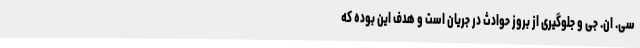
سی. ان. جی و جلوگیری از بروز حوادث در جریان است و هدف این بوده که